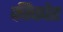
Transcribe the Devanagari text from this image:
कीकोड